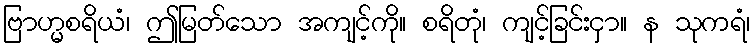
ဗြာဟ္မစရိယံ၊ ဤမြတ်သော အကျင့်ကို။ စရိတုံ၊ ကျင့်ခြင်းငှာ။ န သုကရံ၊